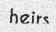
heirs